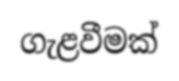
ගැළවීමක්